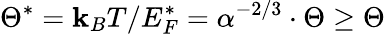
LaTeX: \Theta^{*}=\mathbf{k}_{B}T/E_{F}^{*}=\alpha^{-2/3}\cdot\Theta\ge\Theta